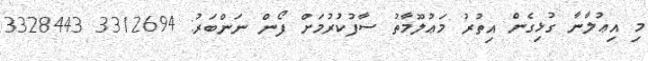
މި އިޢުލާނާ ގުޅިގެން އިތުރު މަޢުލޫމާތު ސާފުކުރުމަށް ފޯން ނަންބަރު: 3312694 3328443